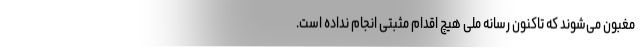
مغبون می‌شوند که تاکنون رسانه ملی هیچ اقدام مثبتی انجام نداده است.